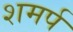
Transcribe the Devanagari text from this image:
शमर्प